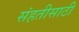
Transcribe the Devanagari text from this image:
संहतीसाठी